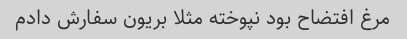
مرغ افتضاح بود نپوخته مثلا بریون سفارش دادم